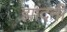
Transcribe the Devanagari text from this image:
झांदनी